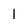
Character: I